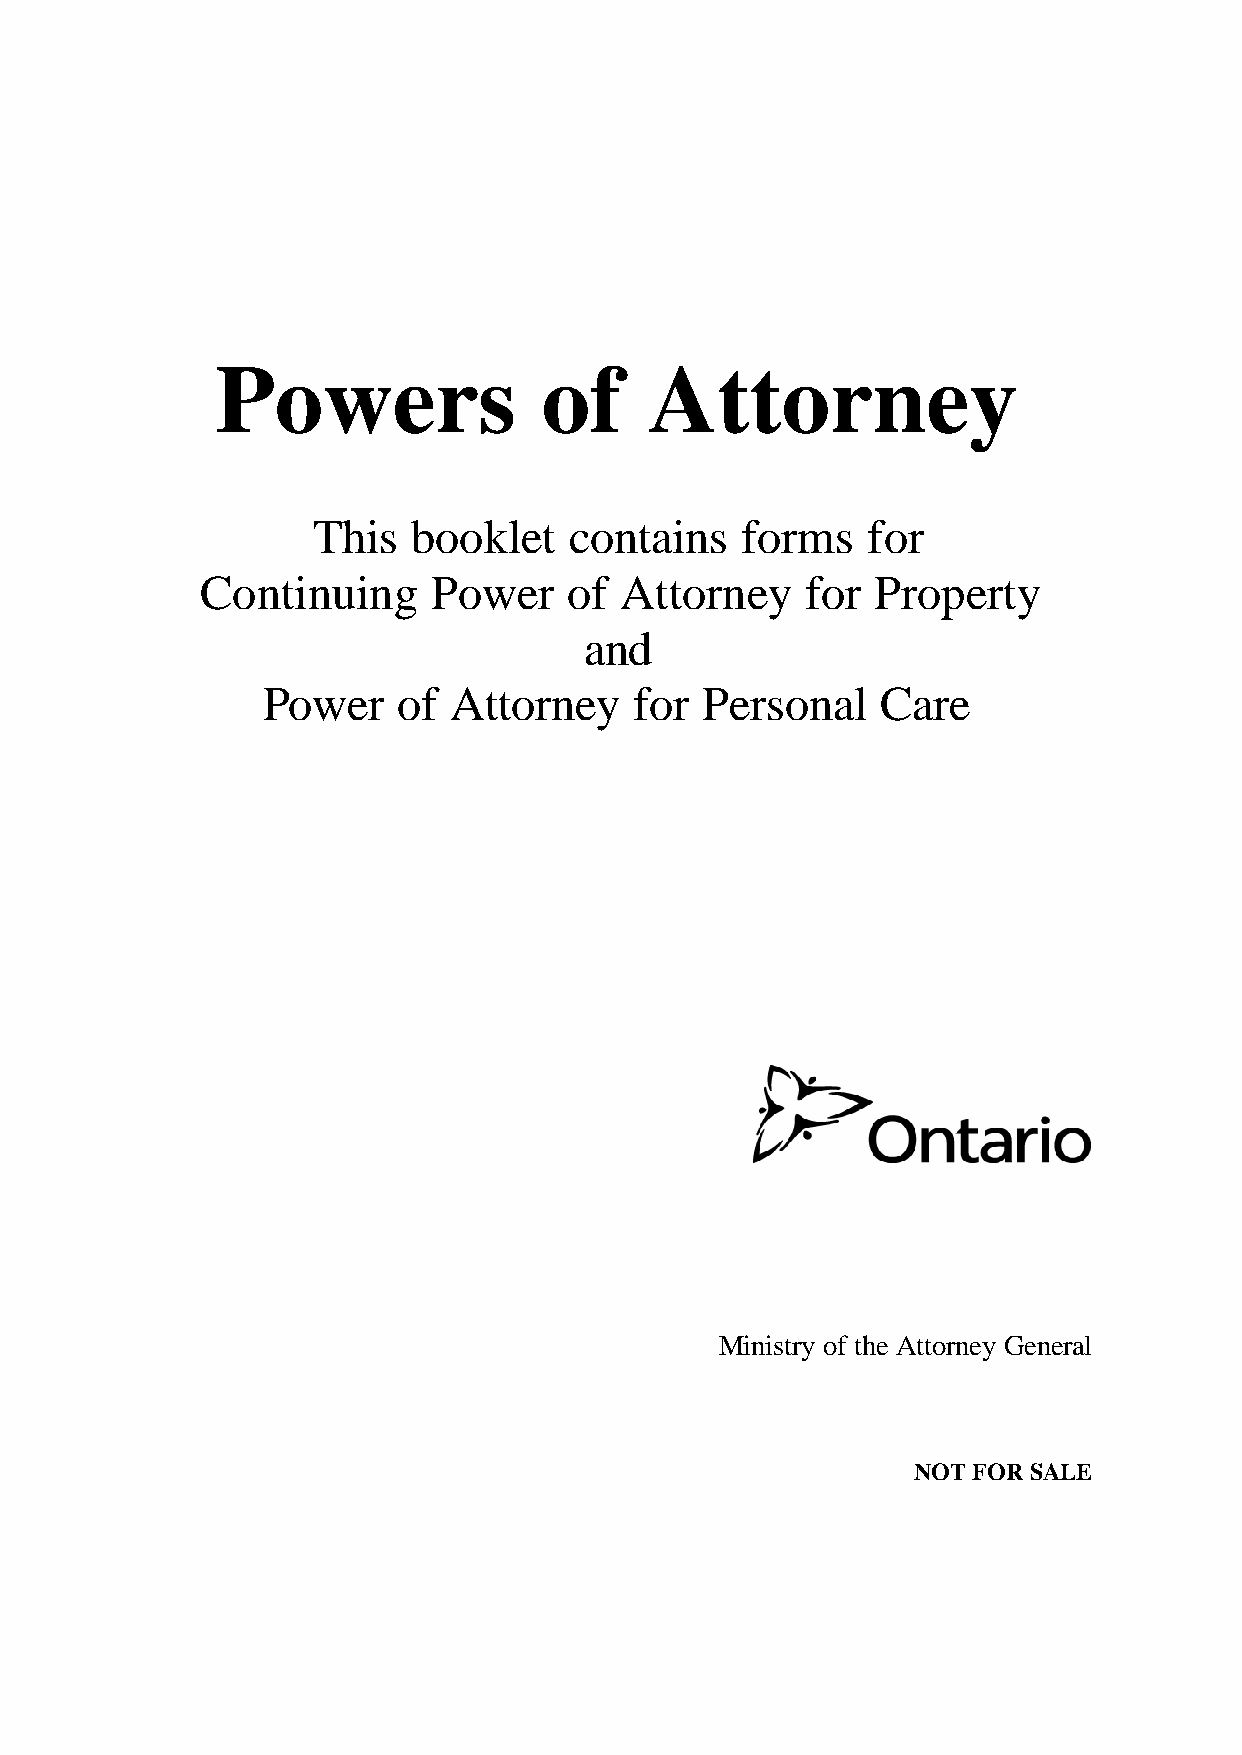
Powers                of     Attorney
 This  booklet    contains   forms   for
 Continuing      Power    of Attorney    for  Property
 and
 Power    of  Attorney    for  Personal   Care
 Ministry of the Attorney General
 NOT FOR SALE